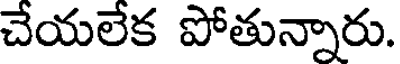
చేయలేక పోతున్నారు.